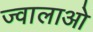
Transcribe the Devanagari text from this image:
ज्वालाओ